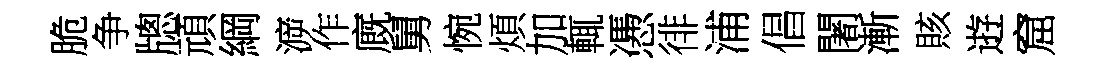
脆争牕頑綱㴑作廐舅惋煩加輒慿徘浦倡闍漸賅逰窟